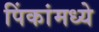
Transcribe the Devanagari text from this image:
पिंकांमध्ये